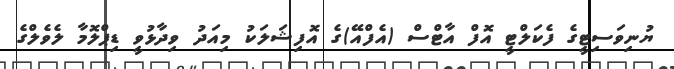
ޔުނިވަސިޓީގެ ފެކަލްޓީ އޮފް އާޓްސް (އެފްއޭ)ގެ އޮފިޝަލަކު މިއަދު ވިދާޅުވީ ޑިޕްލޮމާ ލެވެލްގެ